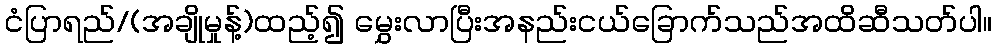
ငံပြာရည်/(အချိုမှုန့်)ထည့်၍ မွှေးလာပြီးအနည်းငယ်ခြောက်သည်အထိဆီသတ်ပါ။